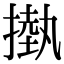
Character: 𢳊